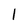
Character: 1